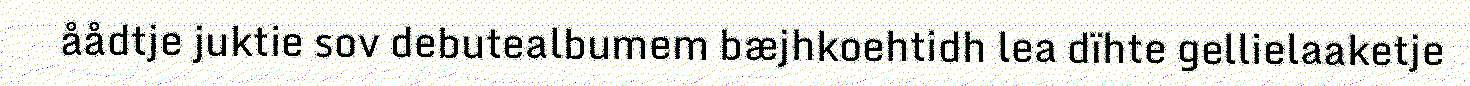
åådtje juktie sov debutealbumem bæjhkoehtidh lea dïhte gellielaaketje